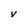
Character: V